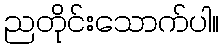
ညတိုင်းသောက်ပါ။